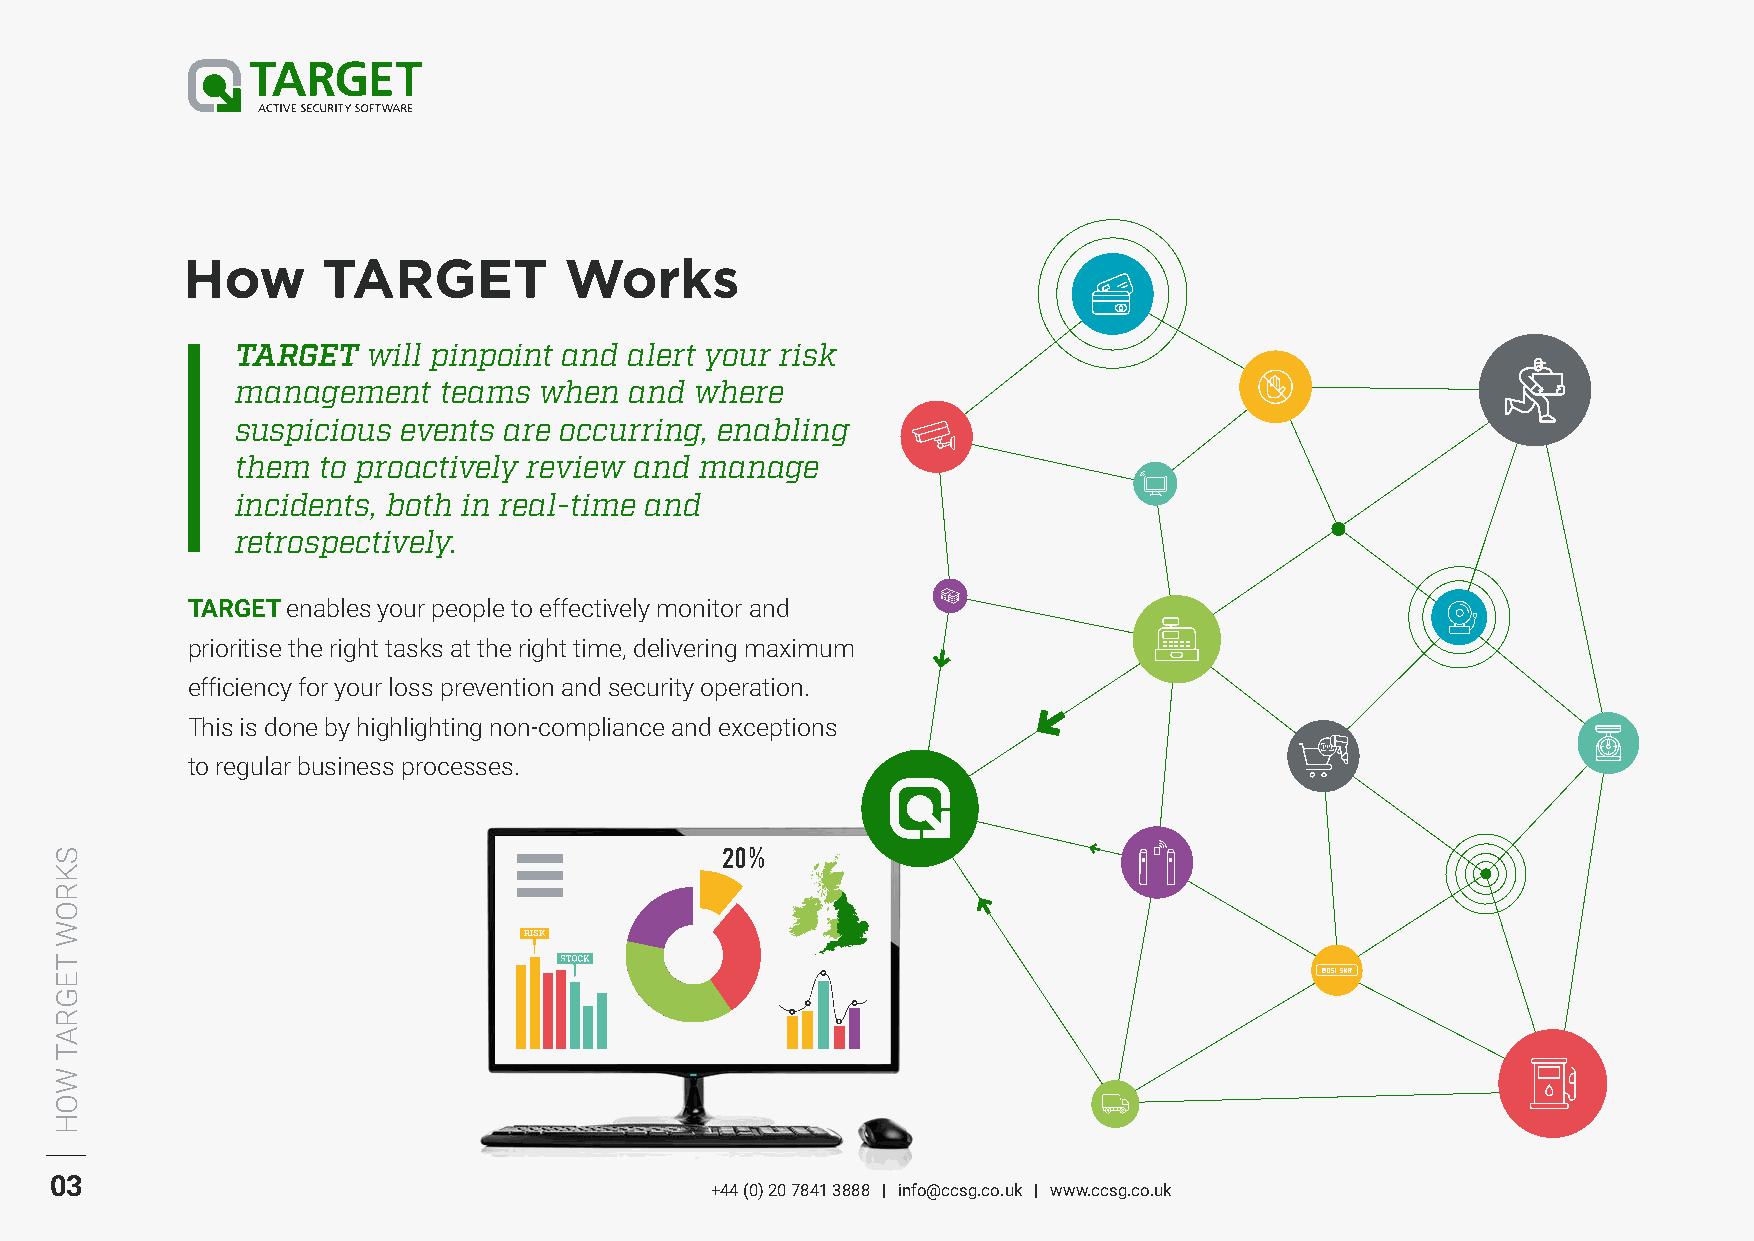
How      TARGET          Works
 TARGET  will pinpoint and alert your risk
 management   teams  when  and where
 suspicious events are occurring, enabling
 them to proactively review and manage
 incidents, both in real-time and
 retrospectively.
 TARGET enables your people to effectively monitor and
 prioritise the right tasks at the right time, delivering maximum
 efficiency for your loss prevention and security operation.
 This is done by highlighting non-compliance and exceptions
 to regular business processes.
 RISK
 03
 +44 (0) 20 7841 3888 | info@ccsg.co.uk | www.ccsg.co.uk
 SKROW
 TEGRAT
 WOH